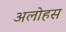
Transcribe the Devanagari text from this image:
अलोहस